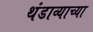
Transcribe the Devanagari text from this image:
थंडाव्याच्या